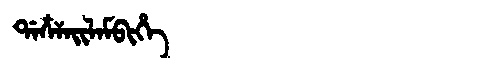
Manchu: ᡩᠠᠴᠶᠠᡳᠯᠠᠮᠪᡳᡥᡝ
Romanization: DACYAILAMBIHE